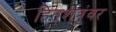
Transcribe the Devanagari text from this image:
हितशत्रूंवर